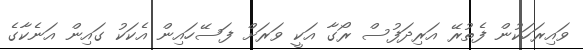
ވައިރަހަކުން ފެތުރޭ އަރިދަފުސް ރޯގާ އަކީ ވަރަށް ފަސޭހައިން އެކަކު ގައިން އަނެކާގެ